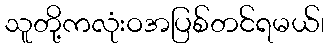
သူတို့ကလုံးဝအပြစ်တင်ရမယ်၊